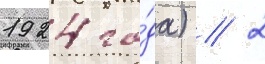
1924 го́да) // 2